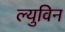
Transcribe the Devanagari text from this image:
ल्युविन